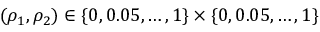
( \rho _ { 1 } , \rho _ { 2 } ) \in \{ 0 , 0 . 0 5 , \dots , 1 \} \times \{ 0 , 0 . 0 5 , \dots , 1 \}